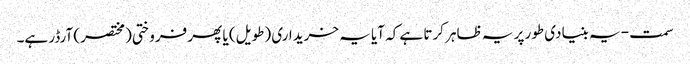
سمت - یہ بنیادی طور پر یہ ظاہر کرتا ہے کہ آیا یہ خریداری (طویل) یا پھر فروختی (مختصر) آرڈر ہے۔